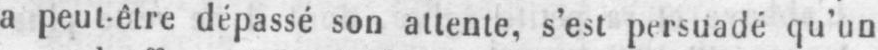
a peut-être dépassé son attente, s’est persuadé qu’un